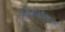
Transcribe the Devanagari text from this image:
चतुरपंडित